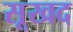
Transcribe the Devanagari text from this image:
सूखद